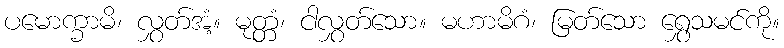
ပမောက္ခာမိ၊ လွှတ်အံ့။ မုတ္တံ၊ ငါလွှတ်သော။ မဟာမိဂံ၊ မြတ်သော ရွှေသမင်ကို။